Leaving Certificate Examination, 1905
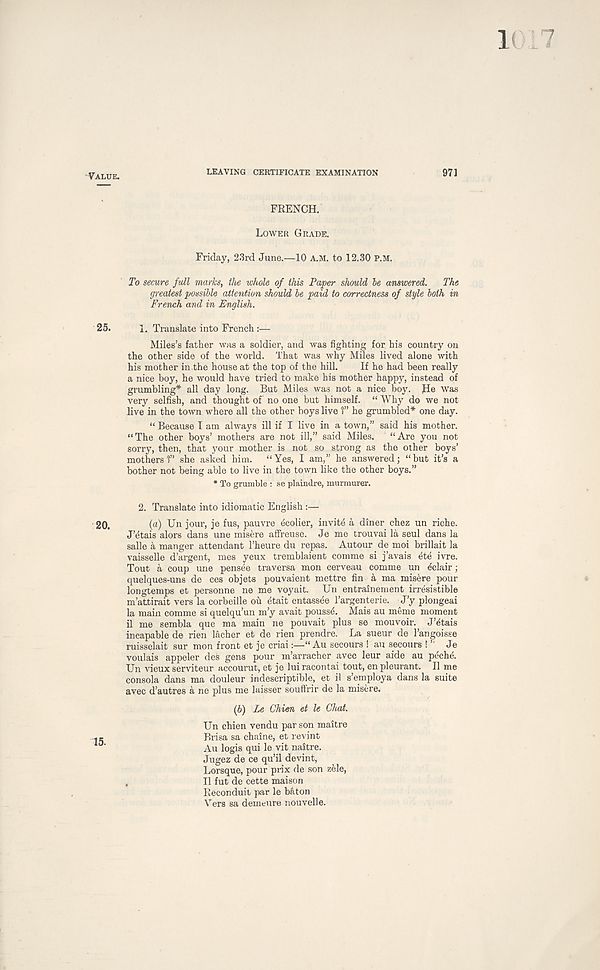
LEAVING CERTIFICATE EXAMINATION
971
FRENCH.
LOWER GRADE.
Friday, 23rd June.—10 A.M. to 12.30 P.M.
To secure full marks, the whole of this Paper should be answered.
The
greatest possible attention should be paid to correctness of style both in
French and in English.
1. Translate into French :—
Miles’s father was a soldier, and was fighting for his country on
the other side of the world. That was why Mues lived alone with
his mother in the house at the top of the hill.
If he had been really
a nice boy, he would have tried to make his mother happy, instead of
grumbling* all day long. But Miles was not a nice boy. He was
very selfish, and thought of no one but himself. “ Why do we not
live in the town where all the other boys live 1” he grumbled* one day.
“ Because I am always ill if I live in a town,” said his mother.
“The other boys’ mothers are not ill,” said Miles.
“Are you not
sorry, then, that your mother is not so strong as the other boys’
mothers!” she asked him.
“Yes, I am,” he answered; “but it’s a
bother not being able to live in the town like the other boys.”
* To grumble : se plaindre, murmurer.
2. Translate into idiomatic English :—
(a) Un jour, je fus, pauvre ecolier, invite a diner chez un riche.
J’etais alors dans une misere affreuse. Je me trouvai la seul dans la
salle a manger attendant 1’heure du repas. Autour.de moi brillait la
vaisselle d’argent, mes yeux tremblaient comme si j’avais ete ivre.
Tout a coup une pensee traversa mon cerveau comme un eclair;
quelques-uns de ces objets pouvaient mettre fin a ma misere pour
longtemps et personne ne me voyait. Un entrainement irresistible
m’attirait vers la corbeille ou etait entassee 1’argenterie. J’y plongeai
la main comme si quelqu’un m’y avait poussd. Mais au meme moment
il me sembla que ma main ne pouvait plus se mouvoir. J’^tais
incapable de rien lacher et de rien prendre. La sueur de 1’angoisse
ruisselait sur mon front et je criai:—“ Au secours ! au secours ! ’’ Je
voulais appeler des gens pour m’arracher avec leur aide au peche.
Un vieux serviteur accourut, et je luiracontai tout, enpleurant. II me
consola dans ma douleur indescriptible, et il s’employa dans la suite
avec d’autres a ne plus me laisser souflrir de la misere.
(6) Le Chien et le Chat.
Un chien vendu par son maitre
Brisa sa chaine, et revint
Au logis qui le vit naitre.
Jugez de ce qu’il devint,
Lorsque, pour prix de son z&le,
,
Il fut de cette maison
Reconduit par le baton
Vers sa demeure nouvelle.